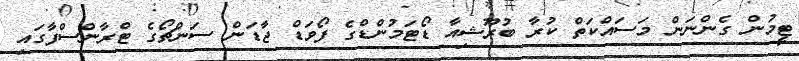
ޓީމުން ގެންނަން މަސައްކަތް ކުރާ ބުރޫޝިއާ ޑޯޓަމުންޑްގެ ފޯވަޑް ޖާޑަން ސަންޗޯގެ ޓްރާންސްފާގައި